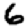
Digit: 6